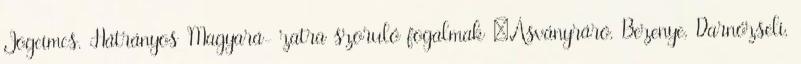
Jogcímcs. Hátrányos Magyará- zatra szoruló fogalmak ▪Ásványráró, Bezenye, Darnózseli,